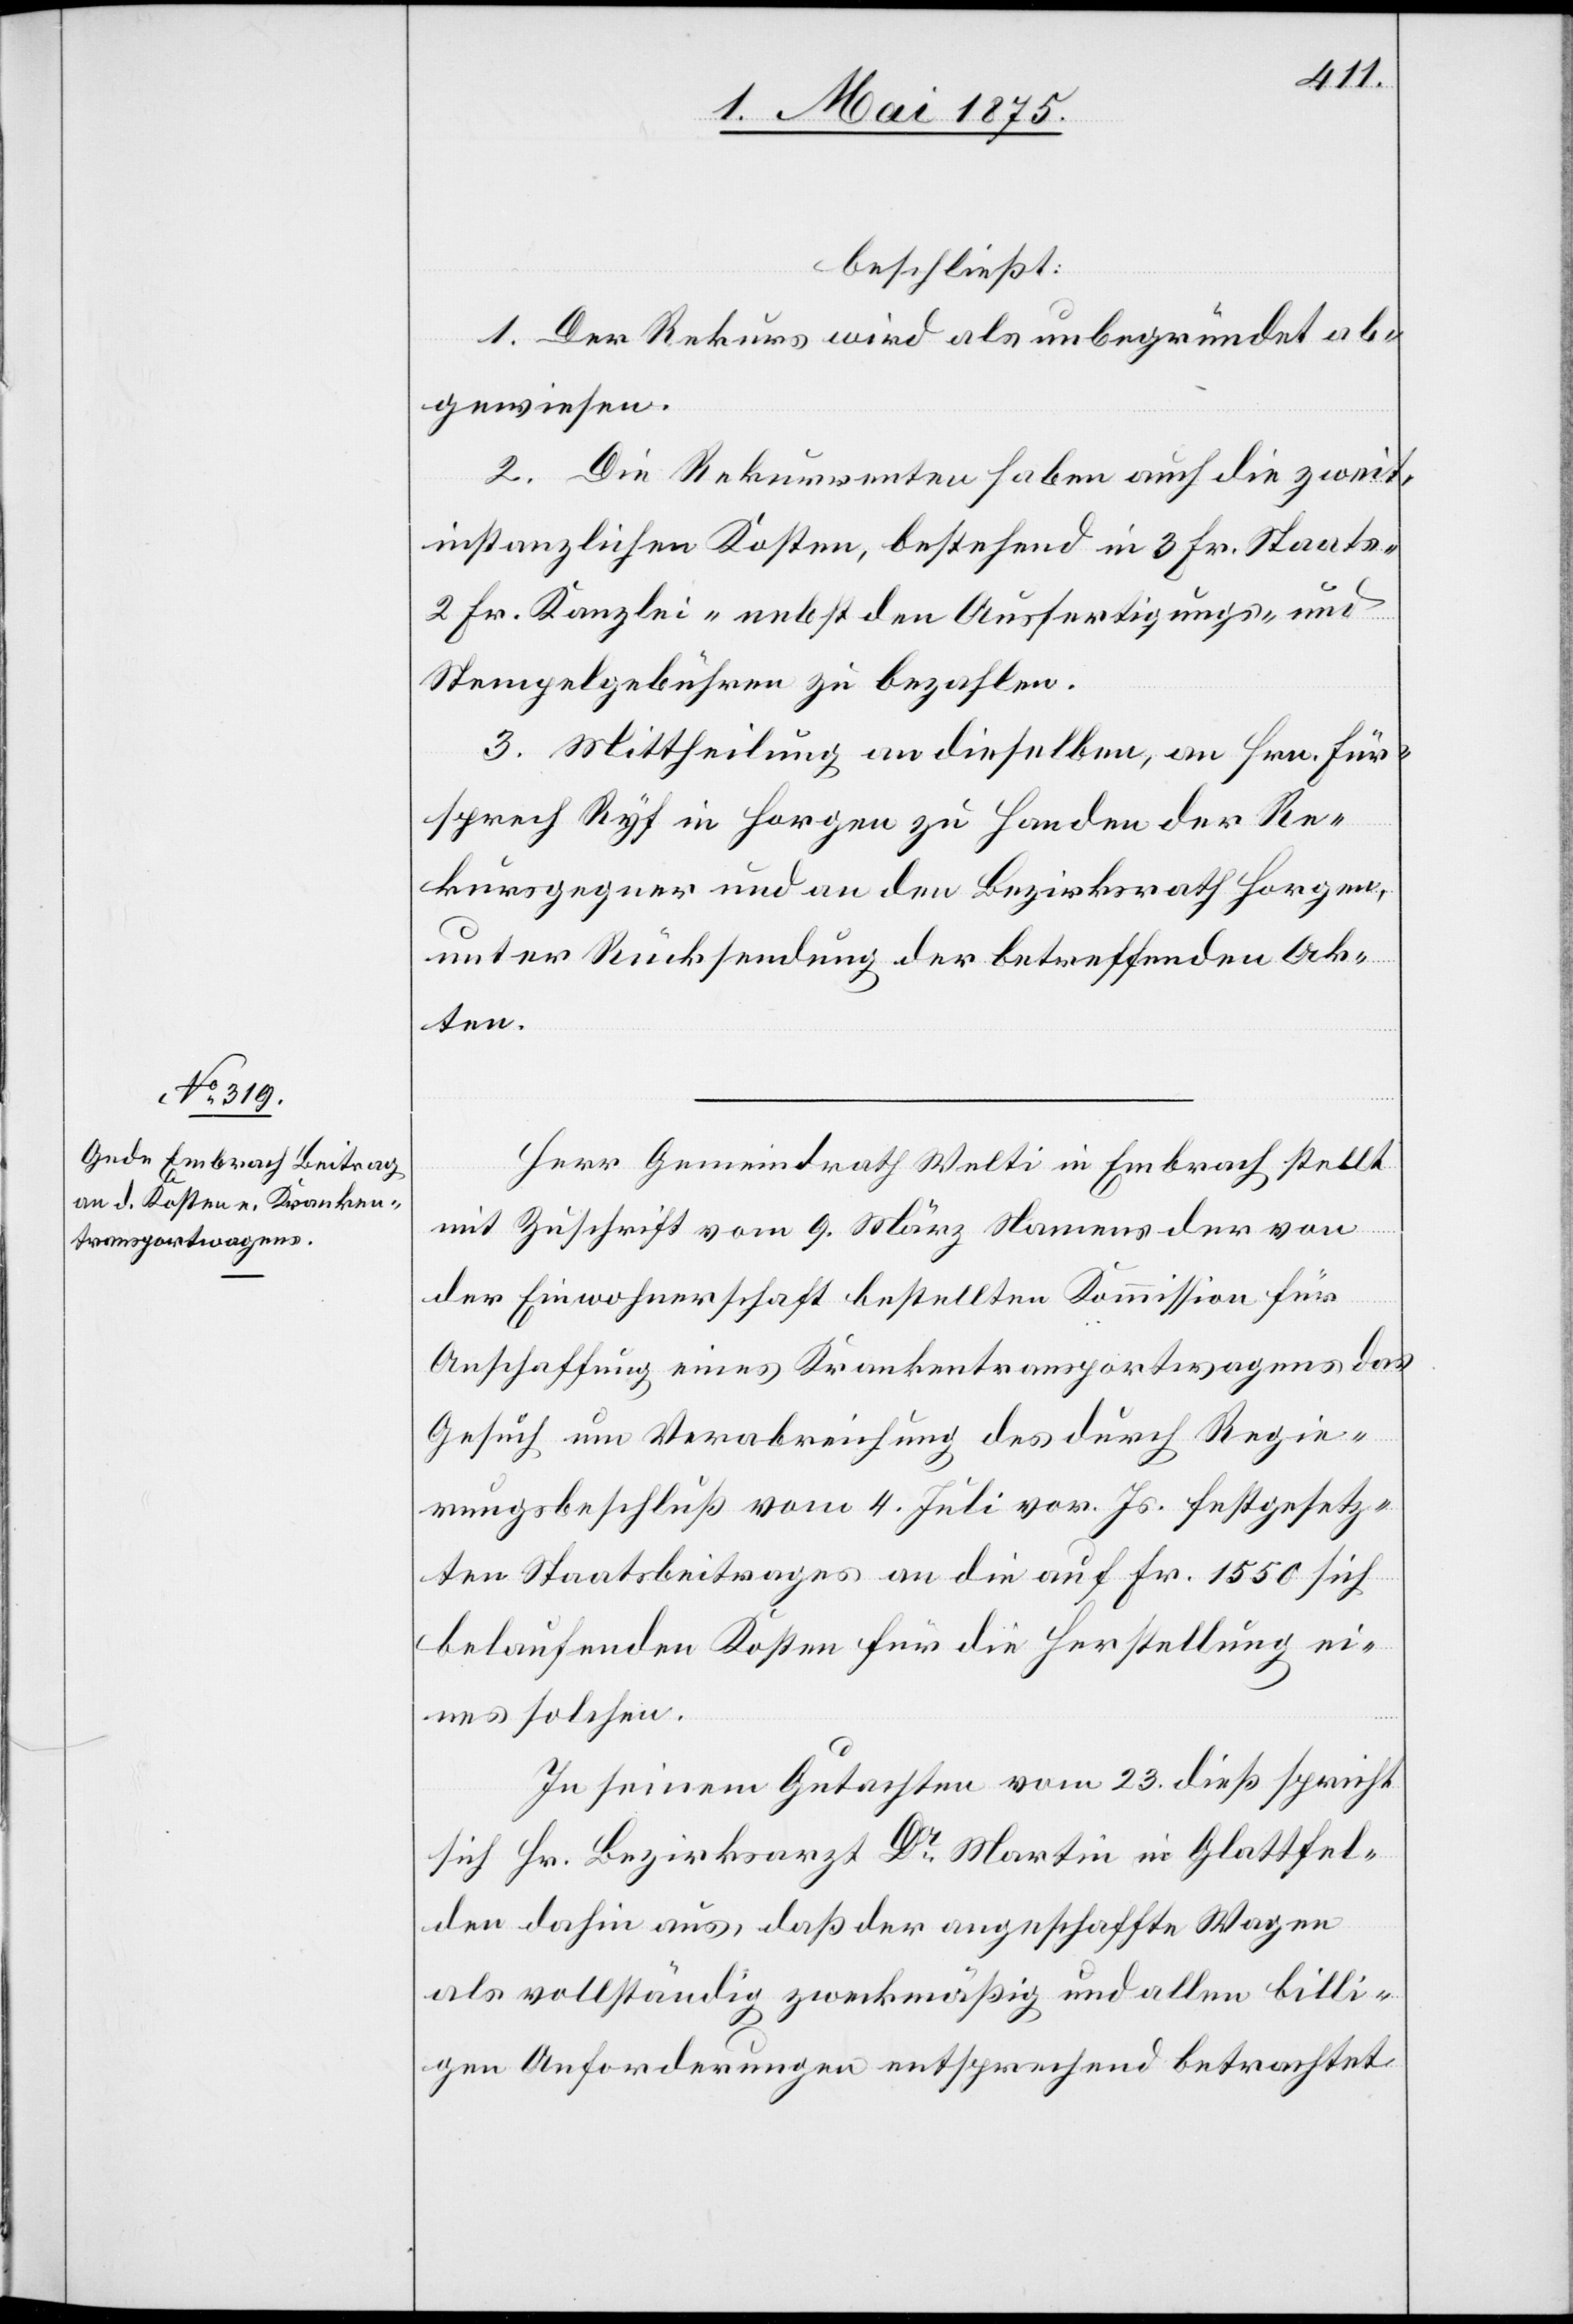
beschließt:
1. Der Rekurs wird als unbegründet ab¬
gewiesen.
2. Die Rekurrenten haben auch die zweit¬
instanzlichen Kosten, bestehend in 3 Fr. Staats-
2 Fr. Kanzlei- nebst den Ausfertigungs- und
Stempelgebühren zu bezahlen.
3. Mittheilung an dieselben, an Hrn. Für¬
sprech Ryf in Horgen zu Handen der Re¬
kursgegner und an den Bezirksrath Horgen,
unter Rücksendung der betreffenden Ak¬
ten.
Herr Gemeindrath Welti in Embrach, stellt
mit Zuschrift vom 9. März Namens der von
der Einwohnerschaft bestellten Kommission für
Anschaffung eines Krankentransportwagens das
Gesuch um Verabreichung des durch Regie¬
rungsbeschluß vom 4. Juli vor. Js. festgesetz¬
ten Staatsbeitrages an die auf Fr. 1550 sich
belaufenden Kosten für die Herstellung ei¬
nes solchen.
In seinem Gutachten vom 23. dieß spricht
sich Hr. Bezirksarzt Dr. Martin in Glattfel¬
den dahin aus, daß der angeschaffte Wagen
als vollständig zweckmäßig und allen billi¬
gen Anforderungen entsprechend betrachtet